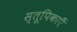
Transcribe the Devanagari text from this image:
स्तूपिकाएँ